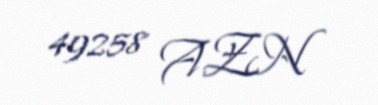
49258 AZN